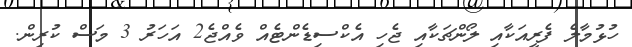
ހުޅުމާލެ ފެރީއަކާއި ލޯންޗަކާއި ޖެހި އެކްސިޑެންޓެއް ވެއްޖެ2 އަހަރު 3 މަސް ކުރިން.